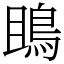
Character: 鴡